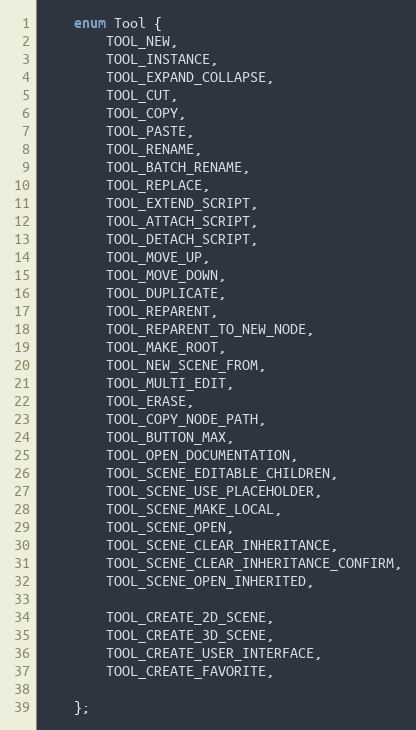
Language: C
	enum Tool {
		TOOL_NEW,
		TOOL_INSTANCE,
		TOOL_EXPAND_COLLAPSE,
		TOOL_CUT,
		TOOL_COPY,
		TOOL_PASTE,
		TOOL_RENAME,
		TOOL_BATCH_RENAME,
		TOOL_REPLACE,
		TOOL_EXTEND_SCRIPT,
		TOOL_ATTACH_SCRIPT,
		TOOL_DETACH_SCRIPT,
		TOOL_MOVE_UP,
		TOOL_MOVE_DOWN,
		TOOL_DUPLICATE,
		TOOL_REPARENT,
		TOOL_REPARENT_TO_NEW_NODE,
		TOOL_MAKE_ROOT,
		TOOL_NEW_SCENE_FROM,
		TOOL_MULTI_EDIT,
		TOOL_ERASE,
		TOOL_COPY_NODE_PATH,
		TOOL_BUTTON_MAX,
		TOOL_OPEN_DOCUMENTATION,
		TOOL_SCENE_EDITABLE_CHILDREN,
		TOOL_SCENE_USE_PLACEHOLDER,
		TOOL_SCENE_MAKE_LOCAL,
		TOOL_SCENE_OPEN,
		TOOL_SCENE_CLEAR_INHERITANCE,
		TOOL_SCENE_CLEAR_INHERITANCE_CONFIRM,
		TOOL_SCENE_OPEN_INHERITED,

		TOOL_CREATE_2D_SCENE,
		TOOL_CREATE_3D_SCENE,
		TOOL_CREATE_USER_INTERFACE,
		TOOL_CREATE_FAVORITE,

	};